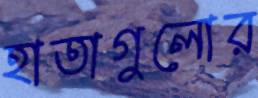
হাতাগুলোর